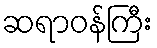
ဆရာဝန်ကြီး